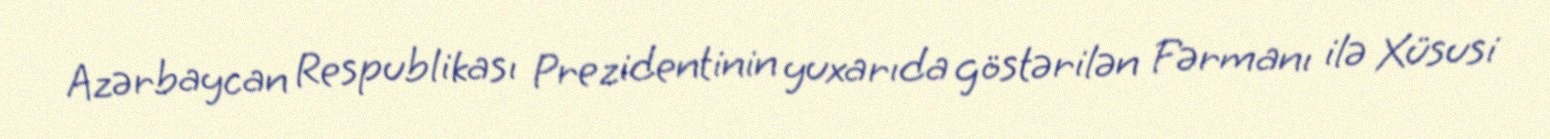
Azərbaycan Respublikası Prezidentinin yuxarıda göstərilən Fərmanı ilə Xüsusi